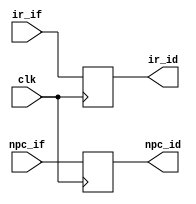
`timescale 1ns / 1ps
//////////////////////////////////////////////////////////////////////////////////
// Company: 
// Engineer: 
// 
// Design Name: 
// Module Name:    IF_ID 
// Project Name: 
// Target Devices: 
// Tool versions: 
// Description: 
//
// Dependencies: 
//
// Revision: 
// Revision 0.01 - File Created
// Additional Comments: 
//
//////////////////////////////////////////////////////////////////////////////////
module IF_ID(clk,ir_if,npc_if,ir_id,npc_id);
input           clk;
input     [31:0]ir_if;
input     [31:0]npc_if;
output reg[31:0]ir_id;
output reg[31:0]npc_id;

always @(posedge clk)
begin 
	ir_id  <= ir_if;
	npc_id <= npc_if;
end

endmodule